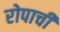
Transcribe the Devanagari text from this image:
रोपाची